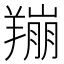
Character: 𫅛